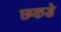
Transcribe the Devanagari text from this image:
छकडे